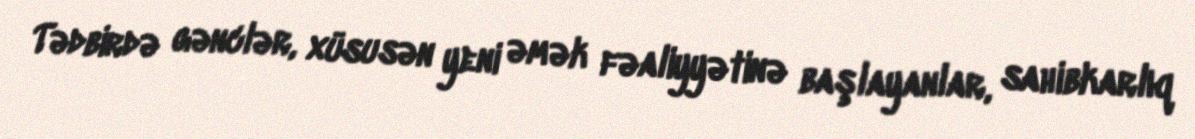
Tədbirdə gənclər, xüsusən yeni əmək fəaliyyətinə başlayanlar, sahibkarlıq